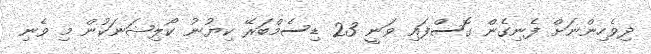
ދިވެހިންނަށް ފެނިގެން ގޮސްފައި ވަނީ 23 ޑިސެމްބަރޭ ކިޔުނު ކޯލިޝަނަކުން މި ވެނި